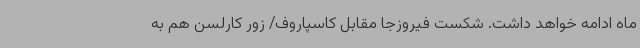
ماه ادامه خواهد داشت. شکست فیروزجا مقابل کاسپاروف/ زور کارلسن هم به